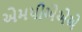
એમપીએએએ